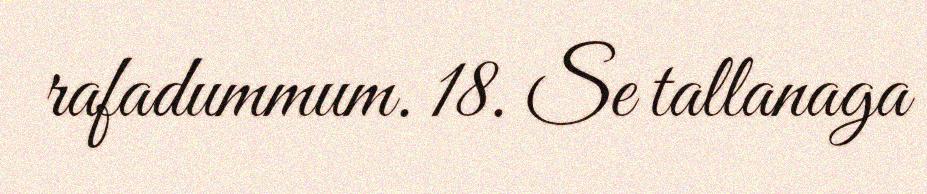
rafadummum. 18. Se tallanaga